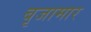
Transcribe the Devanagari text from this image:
बृजामार